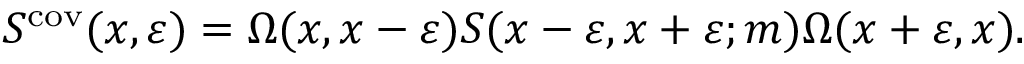
S ^ { \mathrm { c o v } } ( x , \varepsilon ) = \Omega ( x , x - \varepsilon ) S ( x - \varepsilon , x + \varepsilon ; m ) \Omega ( x + \varepsilon , x ) .